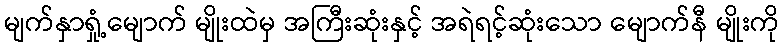
မျက်နှာရှုံ့မျောက် မျိုးထဲမှ အကြီးဆုံးနှင့် အရဲရင့်ဆုံးသော မျောက်နီ မျိုးကို